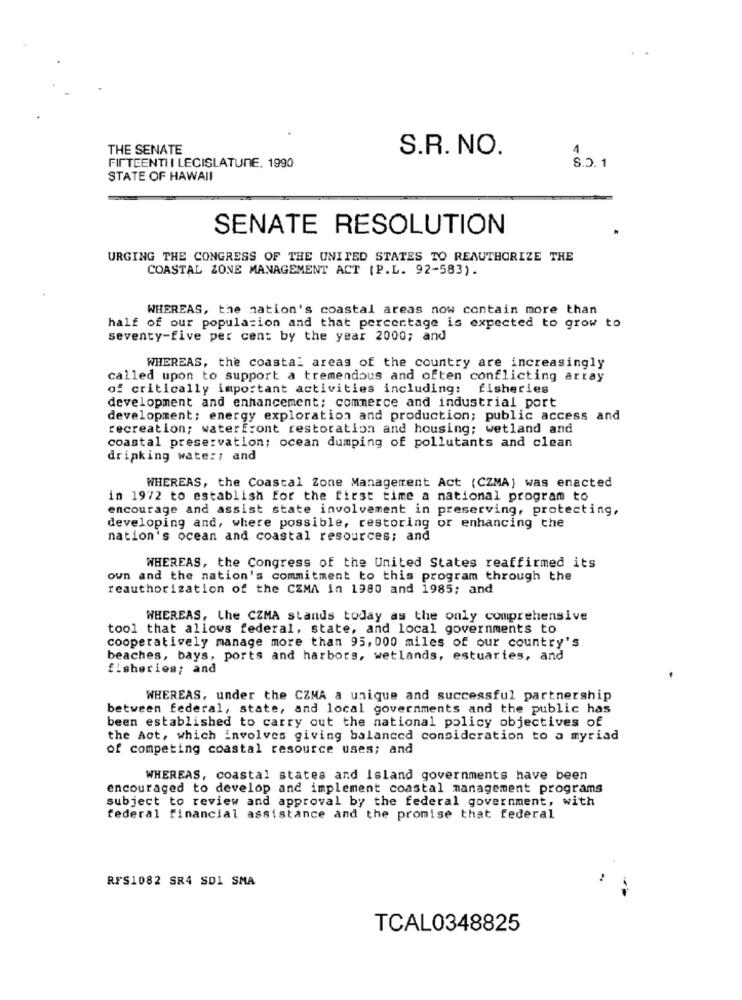
THE SENATE
S.R. NO.
FIFTEENTI I LEGISLATURE, 1990
STATE OF HAWAII
SENATE RESOLUTION
URGING THE CONGRESS OF THE UNITED STATES TO REAUTHORIZE THE
COASTAL ZONE MANAGEMENT ACT (P.L. 92-583).
WHEREAS, the nation's coastal areas now contain more than
half of our population and that percentage is expected to grow to
seventy-five per cent by the year 2000; and
WHEREAS, the coastal areas of the country are increasingly
called upon to support a tremendous and often conflicting array
of critically important activities including: fisheries
development and enhancement; commerce and industrial port
development; energy exploration and production; public access and
recreation; waterfront restoration and housing; wetland and
coastal preservation; ocean dumping of pollutants and clean
drinking water; and
WHEREAS, the Coastal Zone Management Act (CZMA) was enacted
in 1972 to establish for the first time a national program to
encourage and assist state involvement in preserving, protecting,
developing and, where possible, restoring or enhancing the
nation's ocean and coastal resources; and
WHEREAS, the Congress of the United States reaffirmed its
own and the nation's commitment to this program through the
reauthorization of the CZMA in 1980 and 1985; and
WHEREAS, Lhe CZMA stands today as the only comprehensive
tool that allows federal, state, and local governments to
cooperatively manage more than 95, 000 miles of our country's
beaches, bays, ports and harbors, wetlands, estuaries, and
fisheries; and
WHEREAS, under the CZMA a unique and successful partnership
between federal, state, and local governments and the public has
been established to carry out the national policy objectives of
the Act, which involves giving balanced consideration to a myriad
of competing coastal resource uses; and
WHEREAS, coastal states and Island governments have been
encouraged to develop and implement coastal management programs
subject to review and approval by the federal government, with
federal financial assistance and the promise that federal
RFS1082 SR4 SDI SMA
TCAL0348825